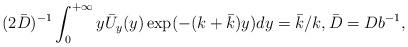
LaTeX: \begin{align*}(2\bar D)^{-1} \int_0^{+\infty} y \bar U_y(y) \exp(-(k +\bar k) y)dy=\bar k/k, \bar D=Db^{-1},\end{align*}